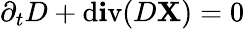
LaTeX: \partial_{t}D+\operatorname{d\mathbf{i}v}(D\boldsymbol{\cal\mathbf{X}})=0